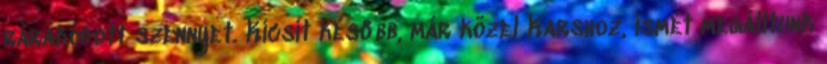
rárakódott szennyet. Kicsit később, már közel Karshoz, ismét megálltunk